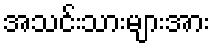
အသင်းသားများအား